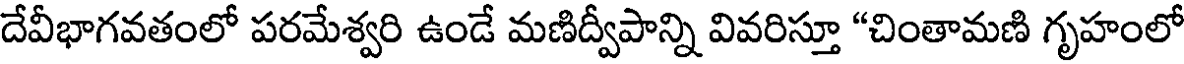
దేవీభాగవతంలో పరమేశ్వరి ఉండే మణిద్వీపాన్ని వివరిస్తూ "చింతామణి గృహంలో